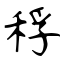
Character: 稃